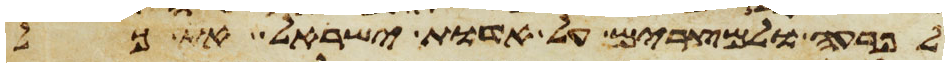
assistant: לפרעה ולמצרים על אדות ישראל את כל